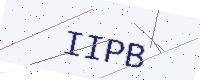
Text: IIPB